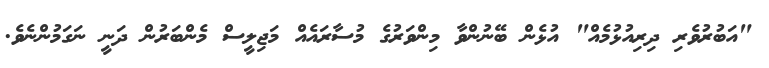
"އަބުރުވެރި ދިރިއުޅުމެއް" އުޅެން ބޭނުންވާ މިންވަރުގެ މުސާރައެއް މަޖިލީސް މެންބަރުން ދަނީ ނަގަމުންނެވެ.